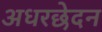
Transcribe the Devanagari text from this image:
अधरछेदन